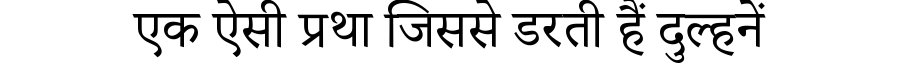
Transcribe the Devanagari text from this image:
एक ऐसी प्रथा जिससे डरती हैं दुल्हनें